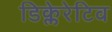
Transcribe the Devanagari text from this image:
डिक्लेरेटिव